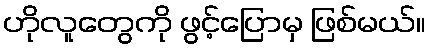
ဟိုလူတွေကို ဖွင့်ပြောမှ ဖြစ်မယ်။